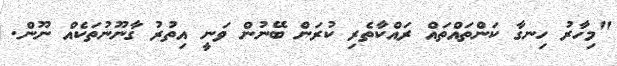
"މިހާރު ހިނގާ ކަންތައްތައް ރައްކާތެރި ކުރަން ބޭނުން ވަނީ އިތުރު ގާނޫނުތަކެއް ނޫން.